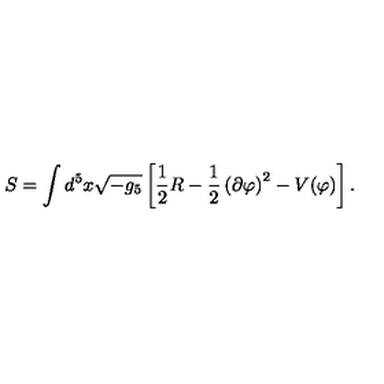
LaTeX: S = \int d ^ { 5 } x \sqrt { - g _ { 5 } } \left[ \frac { 1 } { 2 } R - \frac { 1 } { 2 } \left( \partial \varphi \right) ^ { 2 } - V ( \varphi ) \right] .